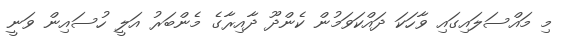
މި މައްސަލައިގައި ވާހަކަ ދައްކަވަމުން ކެންދޫ ދާއިރާގެ މެންބަރު އަލީ ހުސައިން ވަނީ